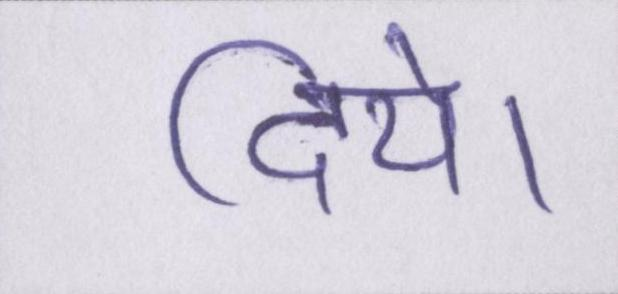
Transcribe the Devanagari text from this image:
दिये।